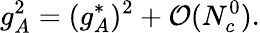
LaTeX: g_{A}^{2}=(g_{A}^{*})^{2}+{\cal O}(N_{c}^{0}).